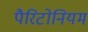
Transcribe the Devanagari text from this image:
पैरिटोनियम